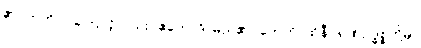
၏။ ဣတိဝါ၊ ကြောင့်လည်း။ ဧကောဒိ၊ မည်၏။ တေဟိ၊ ထိုနီဝရဏဥဒ္ဓစ္စတို့မှ။